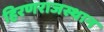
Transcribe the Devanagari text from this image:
हिरणराजस्थान